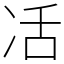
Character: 㓉